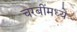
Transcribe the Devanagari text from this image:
चरबींमध्ये